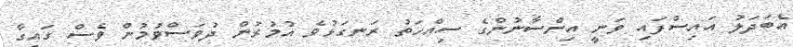
އެބަދަލު އައިސްފައި ވަނީ އިންސާނުންގެ ސިއްހަތު ރަނގަޅުވެ އުމުރުން ދުވަސްވުމުން ވެސް ގައިގާ